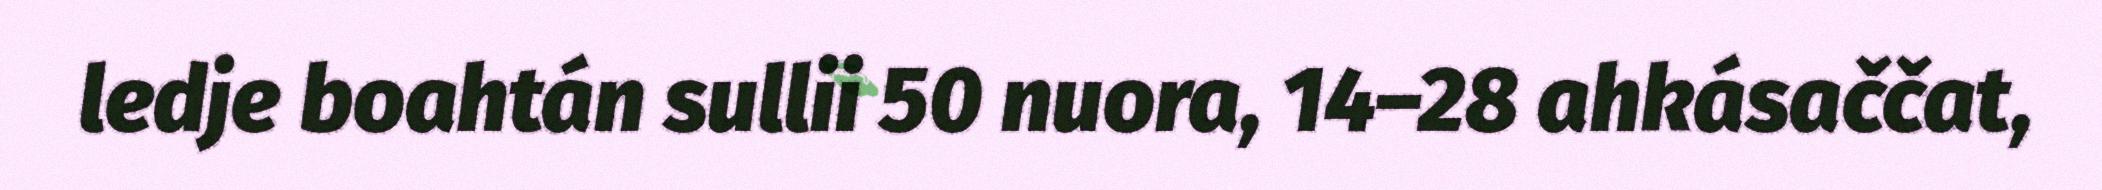
ledje boahtán sullii 50 nuora, 14–28 ahkásaččat,